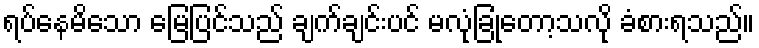
ရပ်နေမိသော မြေပြင်သည် ချက်ချင်းပင် မလုံခြုံတော့သလို ခံစားရသည်။